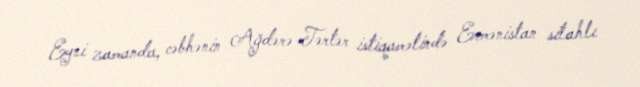
Eyni zamanda, cəbhənin Ağdərə-Tərtər istiqamətində Ermənistan silahlı